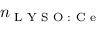
n _ { \textrm { L Y S O : C e } }